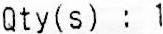
QTY(S) : 1